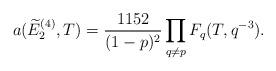
LaTeX: \begin{align*}a(\widetilde E_2^{(4)},T)=\frac{1152}{(1-p)^2} \prod_{q \not=p} F_q(T,q^{-3}).\end{align*}